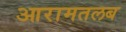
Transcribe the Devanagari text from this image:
आरामतलब